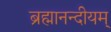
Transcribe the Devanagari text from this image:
ब्रह्मानन्दीयम्